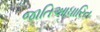
જાતિઆધારિત